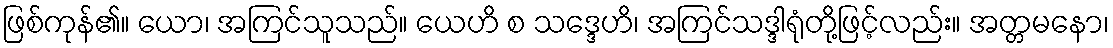
ဖြစ်ကုန်၏။ ယော၊ အကြင်သူသည်။ ယေဟိ စ သဒ္ဒေဟိ၊ အကြင်သဒ္ဒါရုံတို့ဖြင့်လည်း။ အတ္တမနော၊